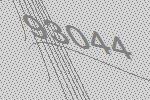
93044